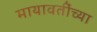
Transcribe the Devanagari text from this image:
मायावतींच्या